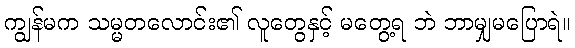
ကျွန်မက သမ္မတလောင်း၏ လူတွေနှင့် မတွေ့ရ ဘဲ ဘာမျှမပြောရဲ။